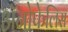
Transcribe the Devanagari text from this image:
अॅनोफेलिस